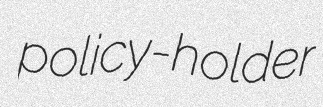
policy-holder